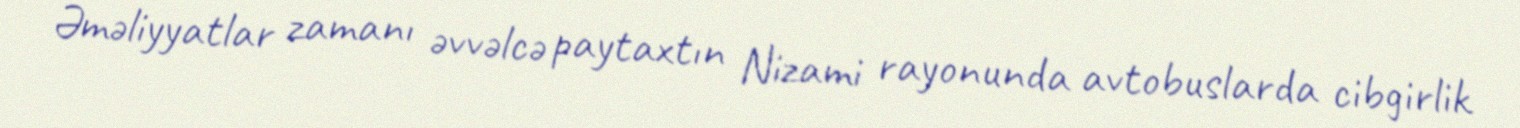
Əməliyyatlar zamanı əvvəlcə paytaxtın Nizami rayonunda avtobuslarda cibgirlik